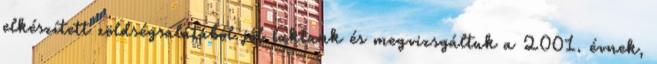
elkészített zöldségsalátából jól laktunk és megvizsgáltuk a 2001. évnek,